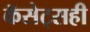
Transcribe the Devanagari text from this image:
कॅसेट्सही